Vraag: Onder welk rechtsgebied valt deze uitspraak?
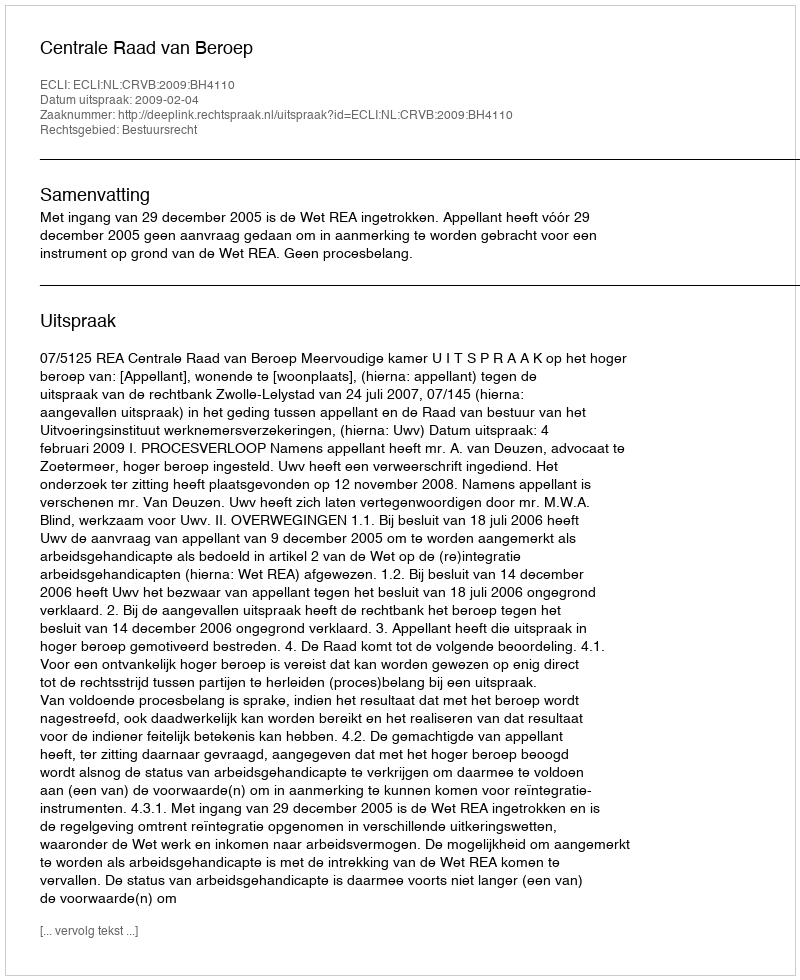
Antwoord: Bestuursrecht